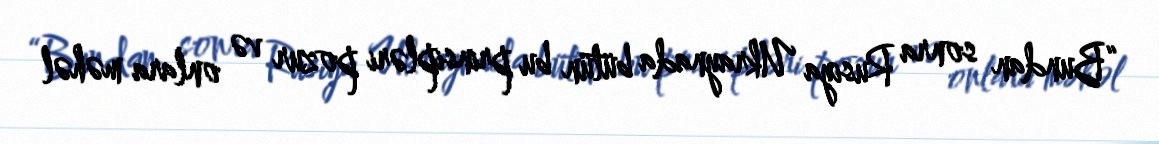
“Bundan sonra Rusiya Ukraynada bütün bu prinsipləri pozur və onlara məhəl